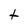
Character: t